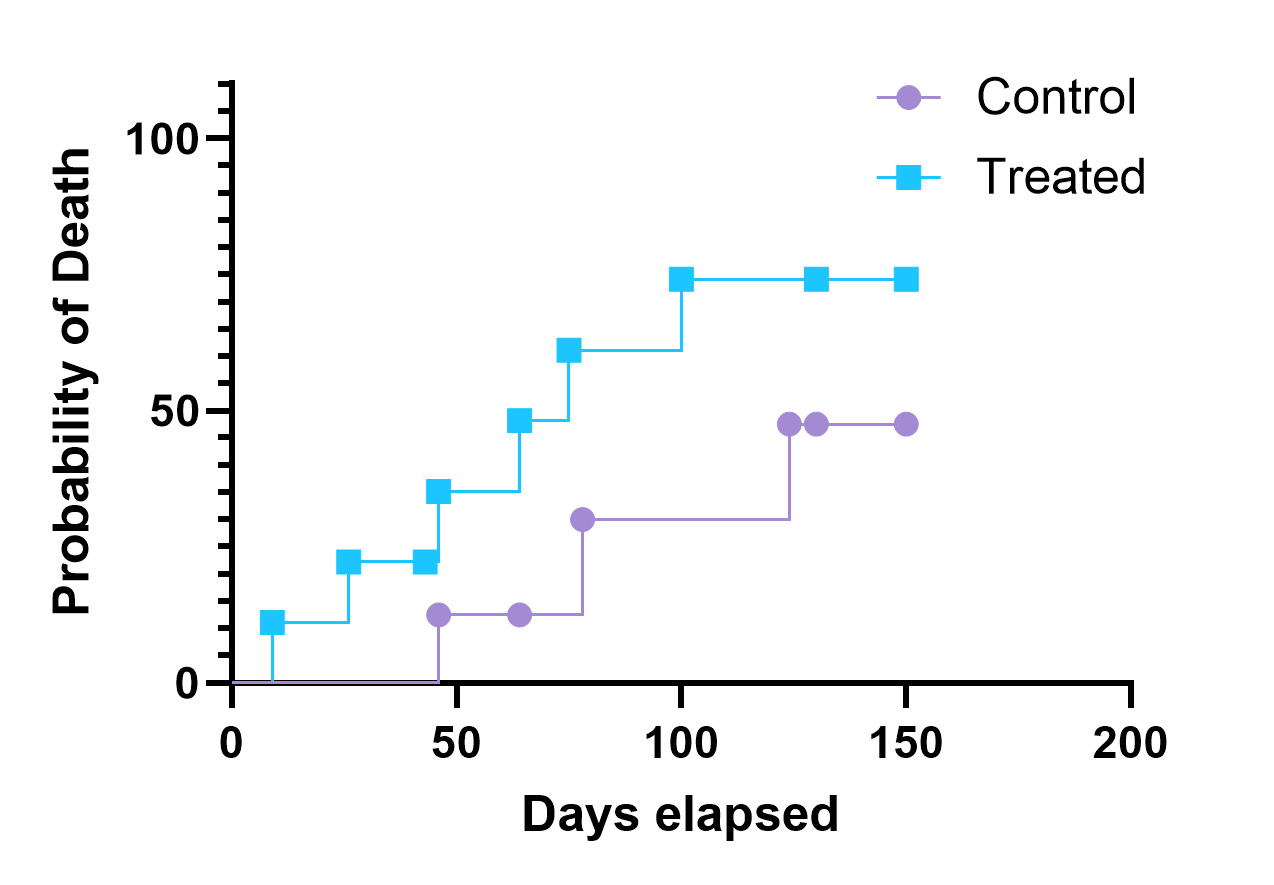
graphpad, survival, two groups, staircase, point